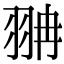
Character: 𦐘